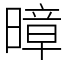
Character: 暲